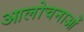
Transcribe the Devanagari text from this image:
आलोचनाआें